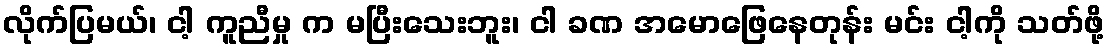
လိုက်ပြမယ်၊ ငါ့ ကူညီမှု က မပြီးသေးဘူး၊ ငါ ခဏ အမောဖြေနေတုန်း မင်း ငါ့ကို သတ်ဖို့